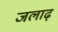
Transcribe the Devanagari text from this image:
जलाढ़